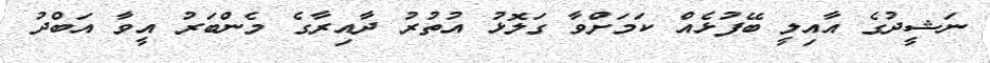
ނަޝީދުގެ އާއިލީ ބޭފުޅެއް ކަމަށްވާ ގަލޮޅު އުތުރު ދާއިރާގެ މެންބަރު އީވާ އަބްދު